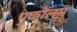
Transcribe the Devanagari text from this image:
पुकोलम